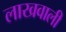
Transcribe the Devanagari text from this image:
लाखवाली